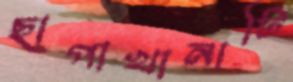
ছাপাখানাটি